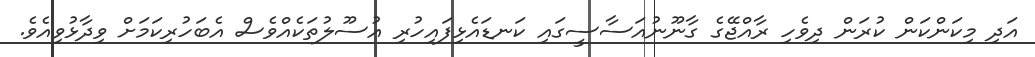
އަދި މިކަންކަން ކުރަން ދިވެހި ރާއްޖޭގެ ގާނޫނުއަސާސީގައި ކަނޑައެޅިފައިހުރި އުސޫލުތަކެއްވެސް އެބަހުރިކަމަށް ވިދާޅުވިއެވެ.